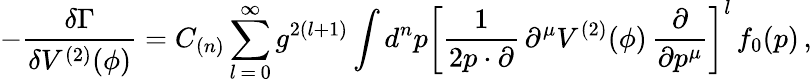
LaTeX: -\frac{\delta\Gamma}{\delta V^{(2)}(\phi)}=C_{(n)}\sum_{l\, =\, 0}^{\infty}g^{2(l+1)}\int d^{n}p\left[\frac{1}{2p\cdot\partial}\, \partial^{\mu}V^{(2)}(\phi)\, \frac{\partial}{\partial p^{\mu}}\right]^{l}\, f_{0}(p)\, ,